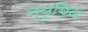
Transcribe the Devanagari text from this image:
न्यूबिथ